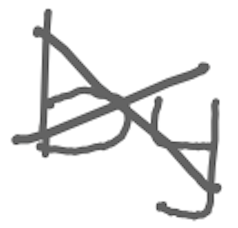
Text: by
Cross-out: cross
Writing tool: digital_gray